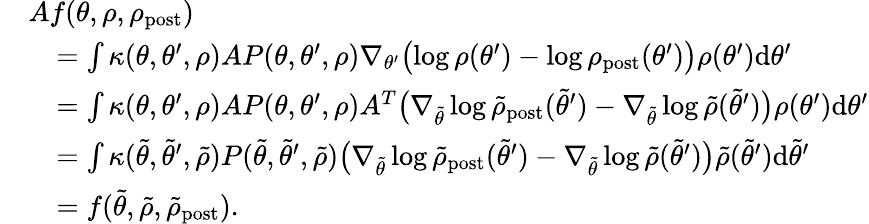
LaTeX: \begin{array}{rl}&{Af(\theta,\rho,\rho_{\mathrm{post}})}\\ &{\quad=\int\kappa(\theta,\theta^{\prime},\rho)AP(\theta,\theta^{\prime},\rho)\nabla_{\theta^{\prime}}\bigl(\log\rho(\theta^{\prime})-\log\rho_{\mathrm{post}}(\theta^{\prime})\bigr)\rho(\theta^{\prime})\mathrm{d}\theta^{\prime}}\\ &{\quad=\int\kappa(\theta,\theta^{\prime},\rho)AP(\theta,\theta^{\prime},\rho)A^{T}\bigl(\nabla_{\tilde{\theta}}\log\tilde{\rho}_{\mathrm{post}}(\tilde{\theta}^{\prime})-\nabla_{\tilde{\theta}}\log\tilde{\rho}(\tilde{\theta}^{\prime})\bigr)\rho(\theta^{\prime})\mathrm{d}\theta^{\prime}}\\ &{\quad=\int\kappa(\tilde{\theta},\tilde{\theta}^{\prime},\tilde{\rho})P(\tilde{\theta},\tilde{\theta}^{\prime},\tilde{\rho})\bigl(\nabla_{\tilde{\theta}}\log\tilde{\rho}_{\mathrm{post}}(\tilde{\theta}^{\prime})-\nabla_{\tilde{\theta}}\log\tilde{\rho}(\tilde{\theta}^{\prime})\bigr)\tilde{\rho}(\tilde{\theta}^{\prime})\mathrm{d}\tilde{\theta}^{\prime}}\\ &{\quad=f(\tilde{\theta},\tilde{\rho},\tilde{\rho}_{\mathrm{post}}).}\end{array}